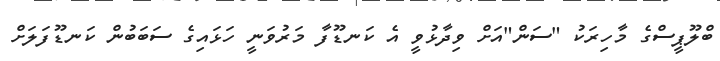
ބްލޫޕީސްގެ މާހިރަކު "ސަން"އަށް ވިދާޅުވީ އެ ކަނޑޫފާ މަރުވަނީ ހަޅައިގެ ސަބަބުން ކަނޑޫފަލަށް